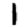
Digit: 1